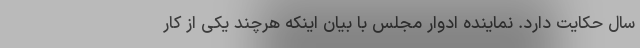
سال حکایت دارد. نماینده ادوار مجلس با بیان اینکه هرچند یکی از کار